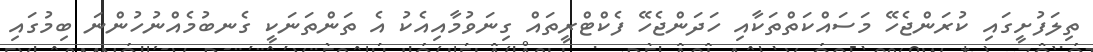
ތިލަފުށީގައި ކުރަންޖެހޭ މަސައްކަތްތަކާއި ހަދަންޖެހޭ ފެކްޓްރީތައް ގިނަވުމާއިއެކު އެ ތަންތަނަކީ ގެނބުމެއްނުހުންނަ ބިމުގައި